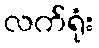
လက်ရုံး